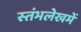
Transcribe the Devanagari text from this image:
स्‍तंभलेखमें